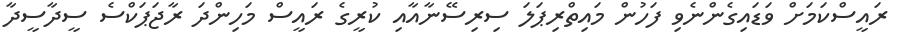
ރައީސްކަމަށް ވަޑައިގެންނެވި ފަހުން މައިތްރިޕަލަ ސިރިސޭނާއާއި ކުރީގެ ރައީސް މަހިންދަ ރާޖަޕަކްސެ ސީދާސީދާ